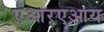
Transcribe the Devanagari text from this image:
एआरएआय